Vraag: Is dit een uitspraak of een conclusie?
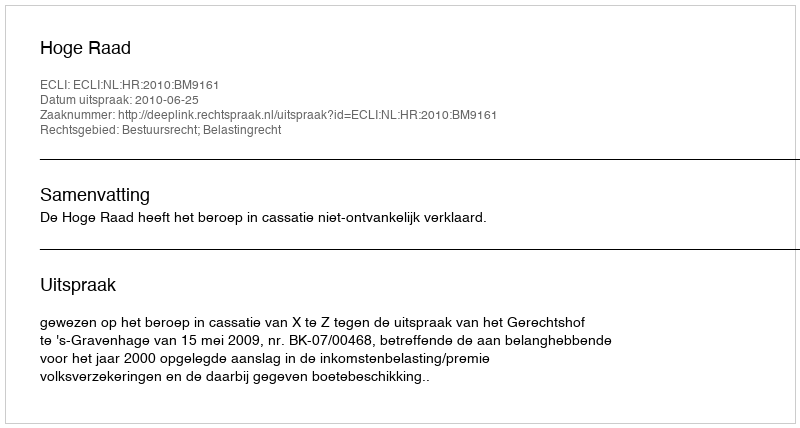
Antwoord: Uitspraak